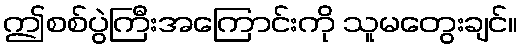
ဤစစ်ပွဲကြီးအကြောင်းကို သူမတွေးချင်။